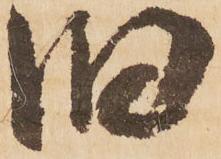
旧